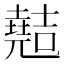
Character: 𫤣